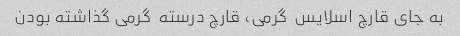
به جای قارچ اسلایس  گرمی، قارچ درسته  گرمی گذاشته بودن